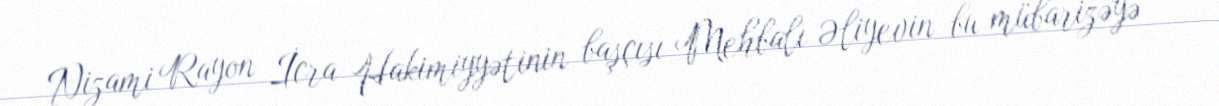
Nizami Rayon İcra Hakimiyyətinin başçısı Mehbalı Əliyevin bu mübarizəyə